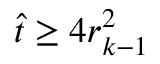
\hat { t } \ge 4 r _ { k - 1 } ^ { 2 }